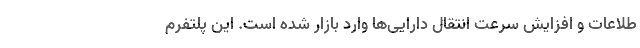
طلاعات و افزایش سرعت انتقال دارایی‌ها وارد بازار شده است. این پلتفرم